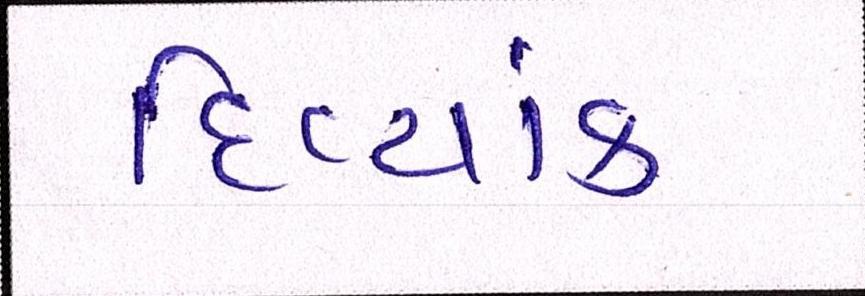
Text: દિવ્યાંક